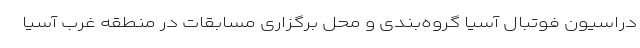
دراسیون فوتبال آسیا گروه‌بندی و محل برگزاری مسابقات در منطقه غرب آسیا